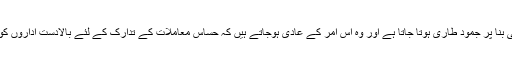
قانون کے نفاذ کی ذمہ داری پر مامور روایتی اداروں پر ان وجوہات کی بنا پر جمود طاری ہوتا جاتا ہے اور وہ اس امر کے عادی ہوجاتے ہیں کہ حساس معاملات کے تدارک کے لئے بالادست اداروں کو ہی استعمال میں لایا جائے تاکہ صوبے اس ذمہ داری سے آزاد رہیں ۔